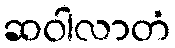
ဆဝါလာတံ